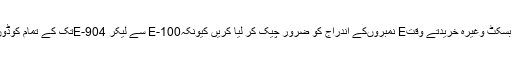
حتی کہ بازار سے مہر بند اشیاءخوردنی جیسے بسکٹ وغیرہ خریدتے وقتE نمبروںکے اندراج کو ضرور چیک کر لیا کریں کیونکہE-100 سے لیکر E-904تک کے تمام کوڈوں سے مراد خالص سور کی چربی ہی ہو تی ہے۔